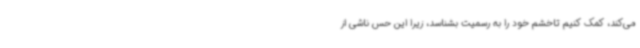
می‌کند، کمک کنیم تاخشم خود را به رسمیت بشناسد، زیرا این حس ناشی از